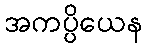
အကပ္ပိယေန